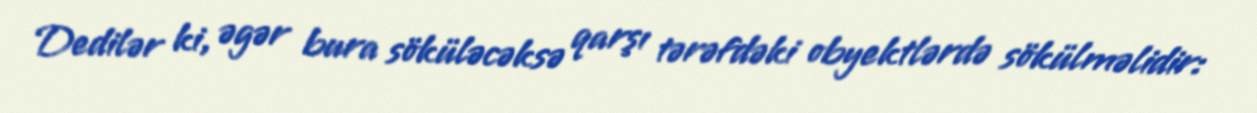
Dedilər ki, əgər bura söküləcəksə qarşı tərəfdəki obyektlərdə sökülməlidir: